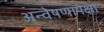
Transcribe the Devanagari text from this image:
अन्वेषणापेक्षा